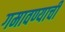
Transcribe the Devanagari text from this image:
गमावण्याची